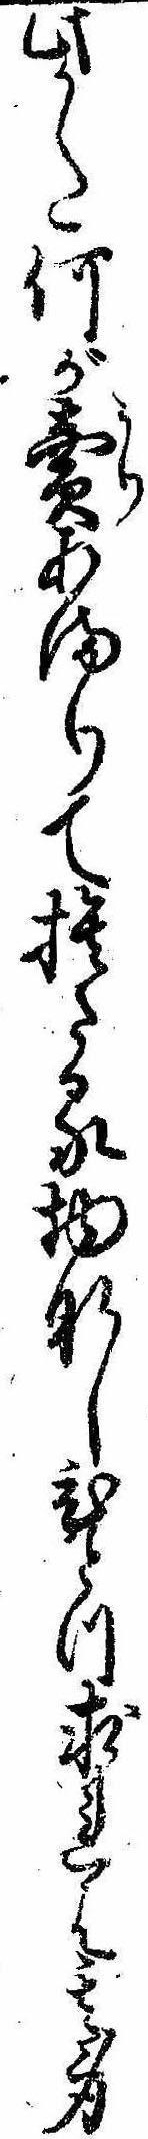
此かた何が売あまりて捨たる物なしひとつ求れは其身